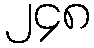
၂၄၈